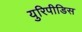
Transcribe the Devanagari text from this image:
युरिपीडिस